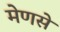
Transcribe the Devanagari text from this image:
मेणसे